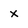
Character: X